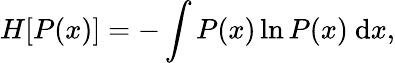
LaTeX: H[P(x)]=-\int P(x)\ln P(x)\ \mathrm{d}x,